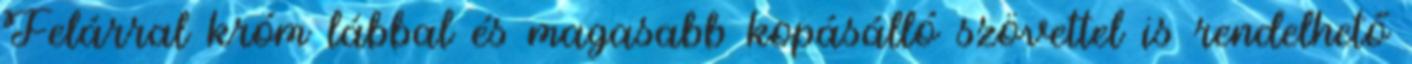
Felárral króm lábbal és magasabb kopásálló szövettel is rendelhető